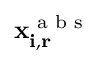
\mathbf { x _ { i , r } ^ { \textrm { a b s } } }